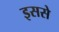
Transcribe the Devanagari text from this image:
इससेे